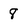
Character: 8